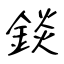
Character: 錟